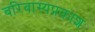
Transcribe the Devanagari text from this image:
बरिबास्यप्रकाश